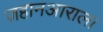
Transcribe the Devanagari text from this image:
जहानआराला